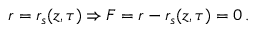
r = r _ { s } ( z , \tau ) \Rightarrow F = r - r _ { s } ( z , \tau ) = 0 \, .